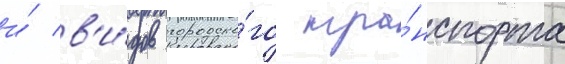
и́ в'и́дов городско́го тра́нспорта